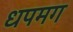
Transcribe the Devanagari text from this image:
धपमग